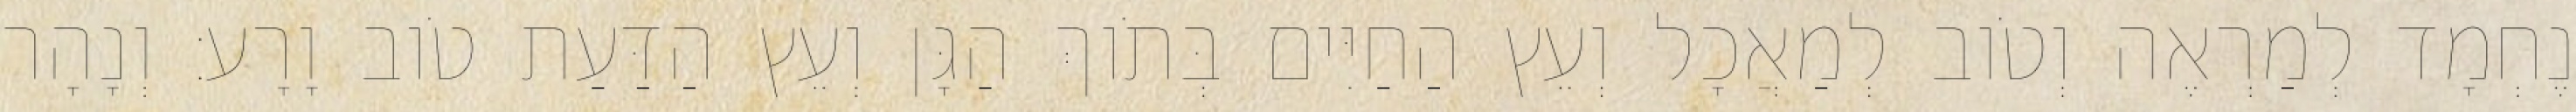
נֶחְמָד לְמַרְאֶה וְטֹוב לְמַאֲכָל וְעֵץ הַחַיִּים בְּתֹוךְ הַגָּן וְעֵץ הַדַּעַת טֹוב וָרָע׃ וְנָהָר